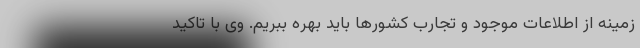
زمینه از اطلاعات موجود و تجارب کشورها باید بهره ببریم. وی با تاکید